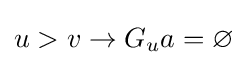
u>v\rightarrow G_{u}a=\varnothing